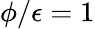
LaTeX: \phi/\epsilon=1